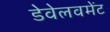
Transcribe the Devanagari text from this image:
डेवेलवमेंट